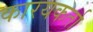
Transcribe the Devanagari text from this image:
कारयकर्ता